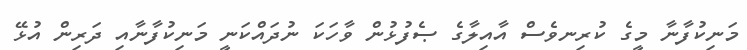
މަނިކުފާނާ މީގެ ކުރިނވެސް އާއިލާގެ ޞެފުޅުން ވާހަކަ ނުދައްކަނީ މަނިކުފާނާއި ދަރިން އުޅޭ